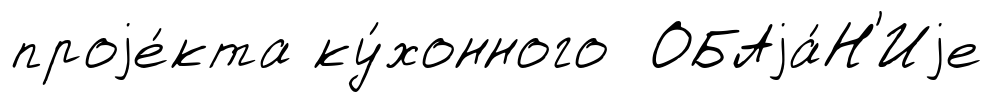
проjе́кта ку́хонного ОБАjа́Н'Иjе